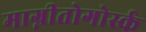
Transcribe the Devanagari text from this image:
माग्नीतोगोर्स्क